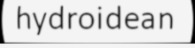
hydroidean